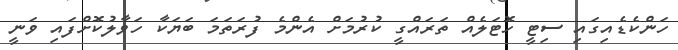
ހަންކެޑެއިގައި ސިޓީ ހޮޓަލެއް ތަރައްގީ ކުރުމަށް އެންމެ ފުރަތަމަ ބަޔަކާ ހަވާލުކޮށްފައި ވަނީ